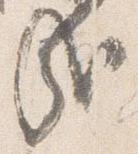
哉